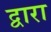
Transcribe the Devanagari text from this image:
द्वारा